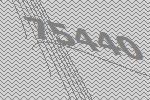
75440